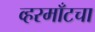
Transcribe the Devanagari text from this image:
व्हरमाँटचा